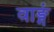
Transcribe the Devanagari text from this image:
वाङ्गं